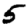
Digit: 5